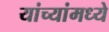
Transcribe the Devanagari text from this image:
यांच्यांमध्ये